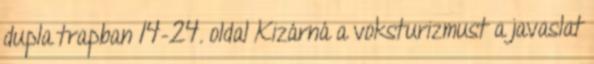
dupla trapban 14–24. oldal Kizárná a voksturizmust a javaslat